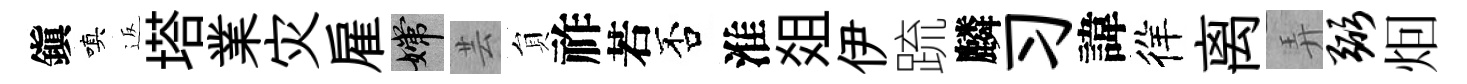
鎭嗔返塔業灾雇嫦芸貟祚若否淮爼伊䟽麟习諱徉离弄弼𤇆